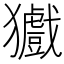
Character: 㺣